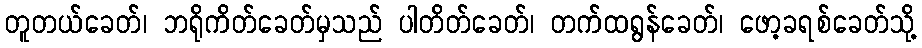
တူတယ်ခေတ်၊ ဘရိုကိတ်ခေတ်မှသည် ပါတိတ်ခေတ်၊ တက်ထရွန်ခေတ်၊ ဖော့ခရစ်ခေတ်သို့